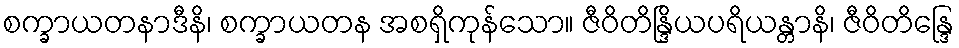
စက္ခာယတနာဒီနိ၊ စက္ခာယတန အစရှိကုန်သော။ ဇီဝိတိန္ဒြိယပရိယန္တာနိ၊ ဇီဝိတိန္ဒြေ